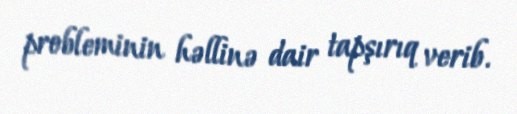
probleminin həllinə dair tapşırıq verib.